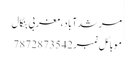
مرشدآباد،مغربی بنگال
ََََََََََََََََََََََََموبائل نمبر 7872873542